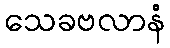
သေခဗလာနံ